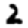
Digit: 2